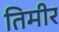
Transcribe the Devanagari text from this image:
तिमीर